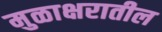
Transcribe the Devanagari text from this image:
मुळाक्षरातील